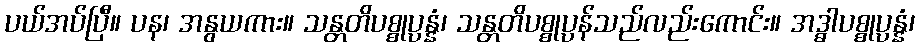
ပယ်အပ်ပြီ။ ပန၊ အနွယကား။ သန္တတိပစ္စုပ္ပန္နံ၊ သန္တတိပစ္စုပ္ပန်သည်လည်းကောင်း။ အဒ္ဓါပစ္စုပ္ပန္နံ၊